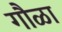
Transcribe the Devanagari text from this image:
गौळा